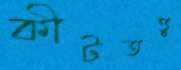
কীটতত্ত্ব